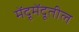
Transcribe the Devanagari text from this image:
मेंदूमेंदूतील